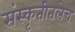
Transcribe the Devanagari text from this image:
संस्कृतीतलेच